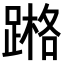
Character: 𨃶